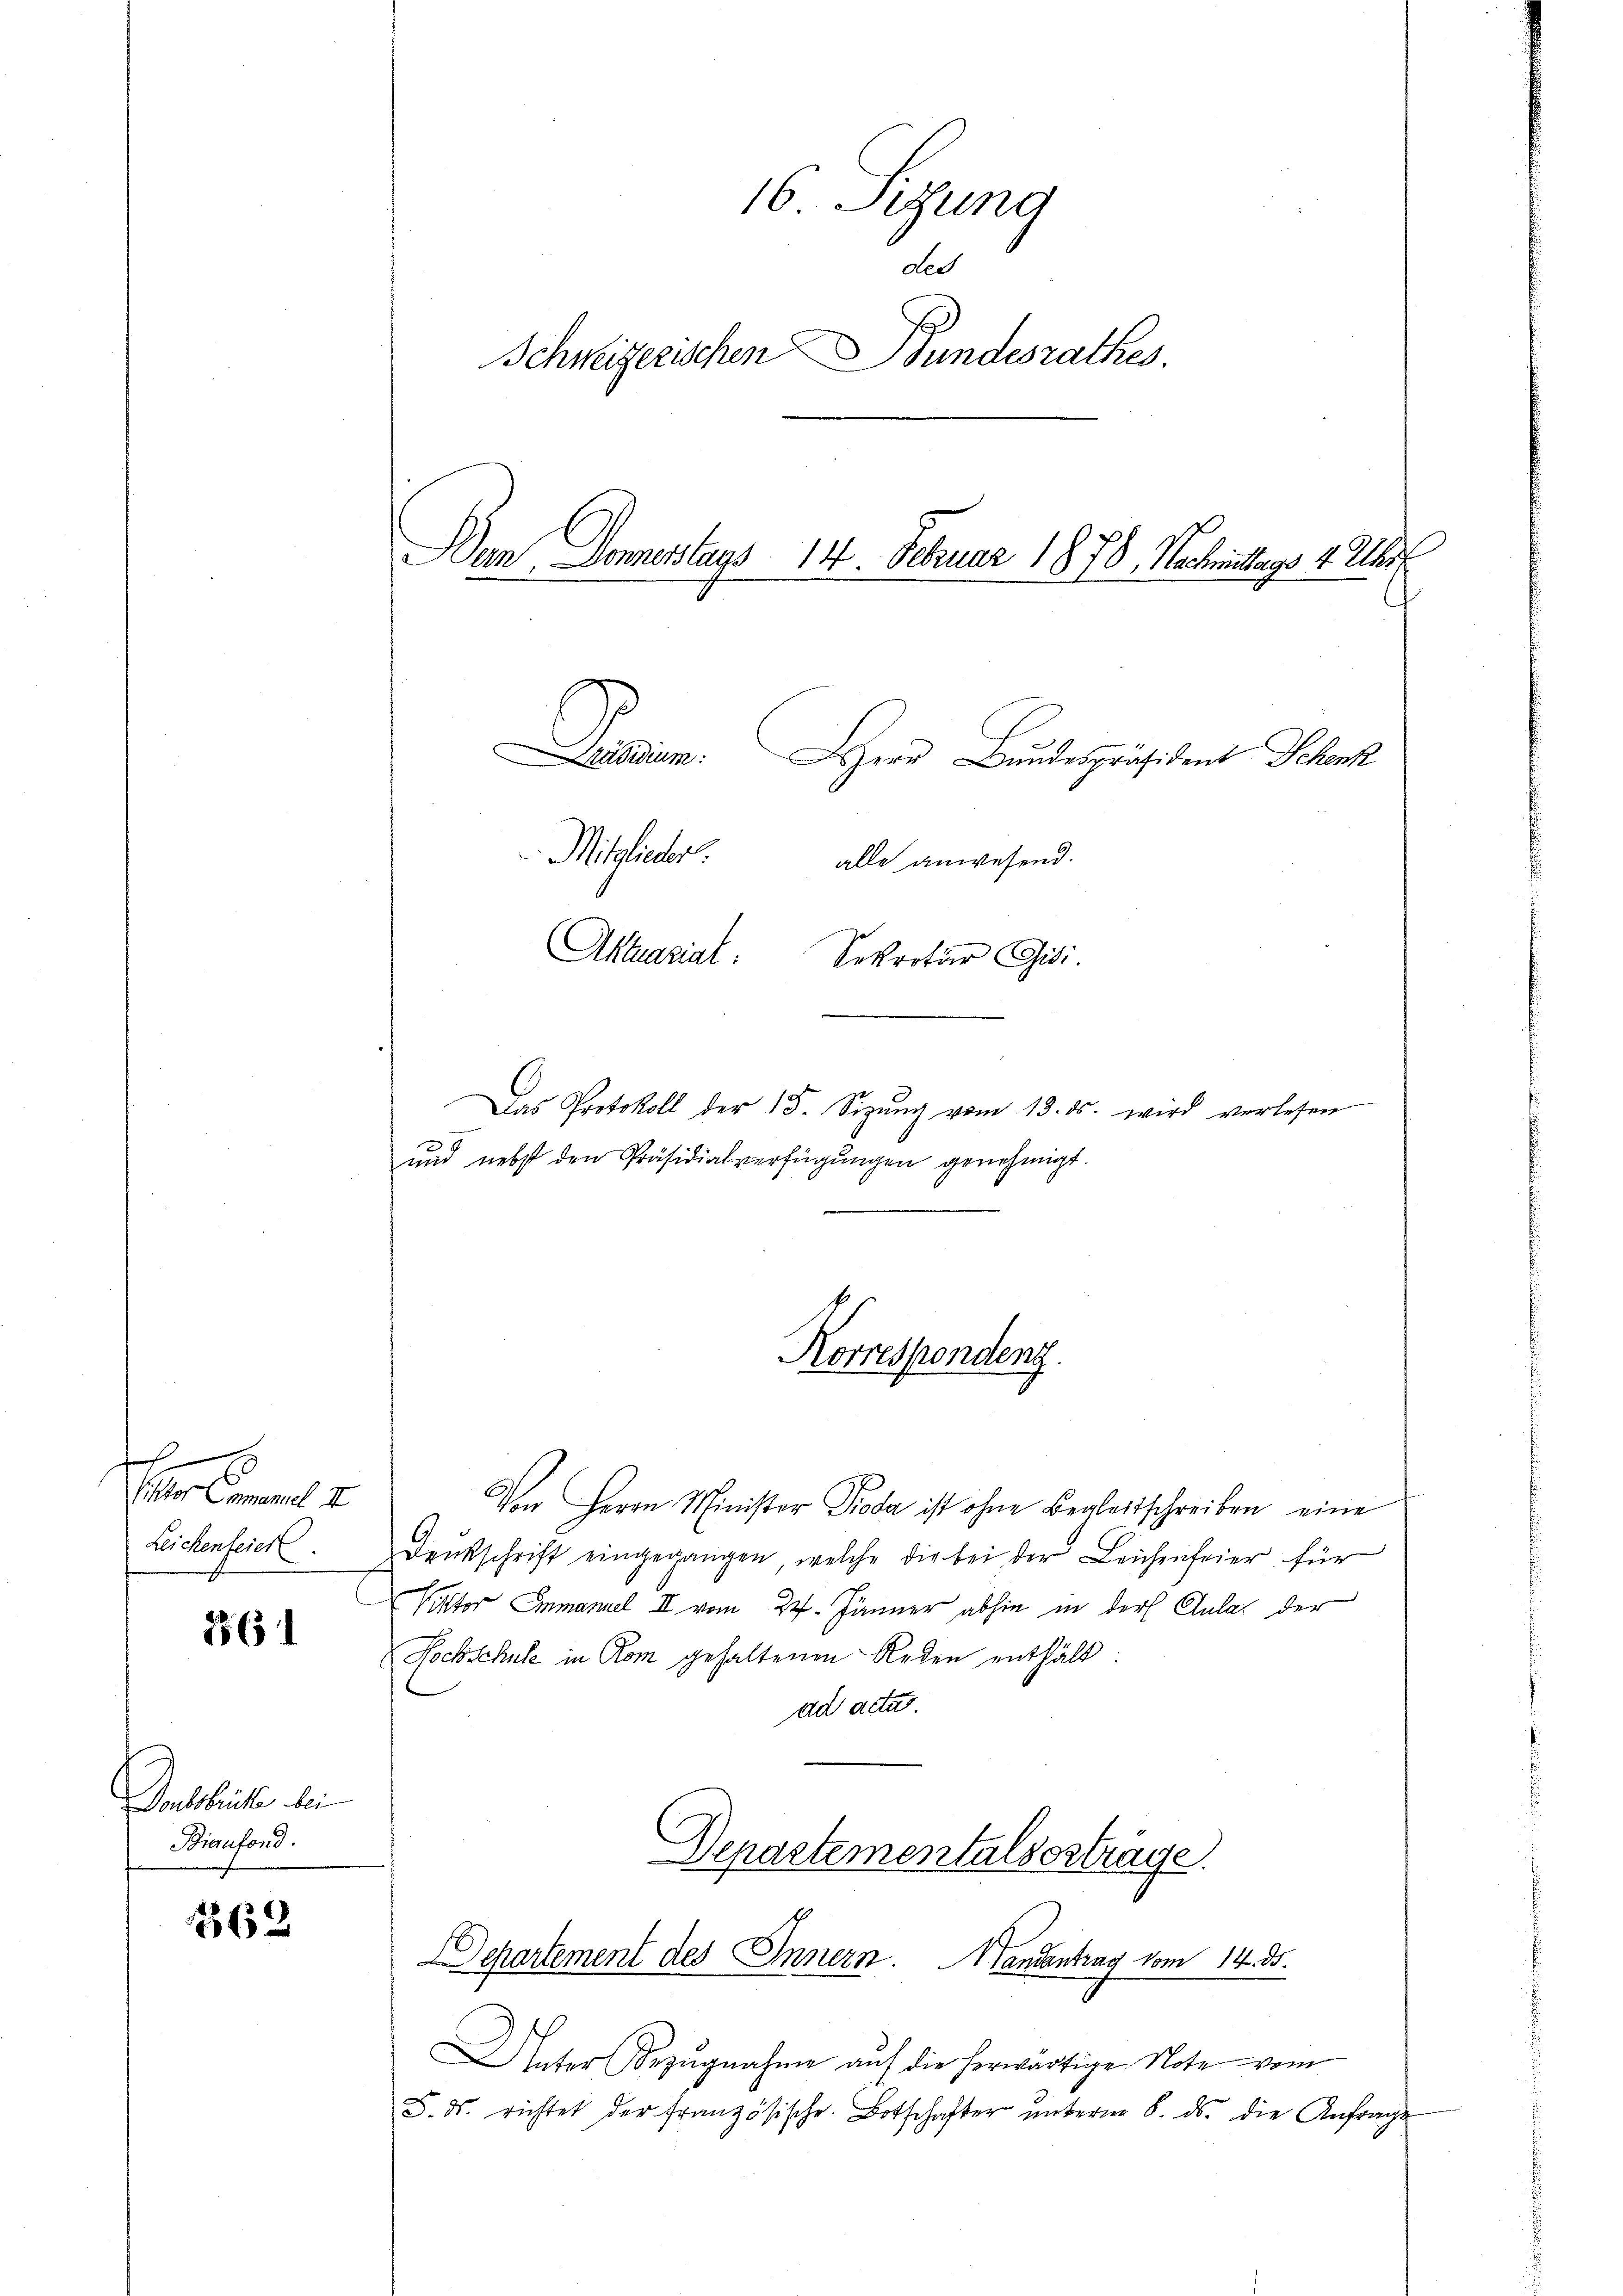
x
Viktor Ermanuel II
Leichenfeier

256

Donbsbrüchte bei
Biaufond.

362

16. Sizung
Le
Schweizerischen Bundesrathes.
Dan Donnesstags 14. Februar 1878, Nachmittags 4 Uhr
Denen
HHerr Bundespräsident Schenk
Mitglieder.
alle anwesend.
Aktasiat:
Sekretär Gisi

Korrespondenz.

Von Herrn Minister Pioda ist ohne Begleitschreiben eine
Drukschrift eingegangen, welche die bei der Leichenfeier für
Viktor Emmanuel II vom 27. Jänner abhin in der Aula der
Hochschule in Rom gehaltenen Reden enthält:
ad acta.
Departementalssträge.

Das Protokoll der 15. Sizung vom 13. ds. wird verlesen
d
und nebst den Präsidialverfügungen genehmigt.

Departement des Innern. Bandantrag vom 14. ds.

Unter Bezŭgnahme auf die herwärtige Note vom
S. ds. richtet der französische Botschafter ŭnterm 8. ds. die Anfrage